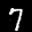
Label: 7